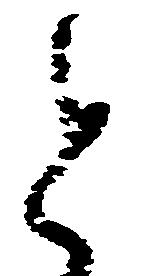
と